Materia medica of Madras volume I
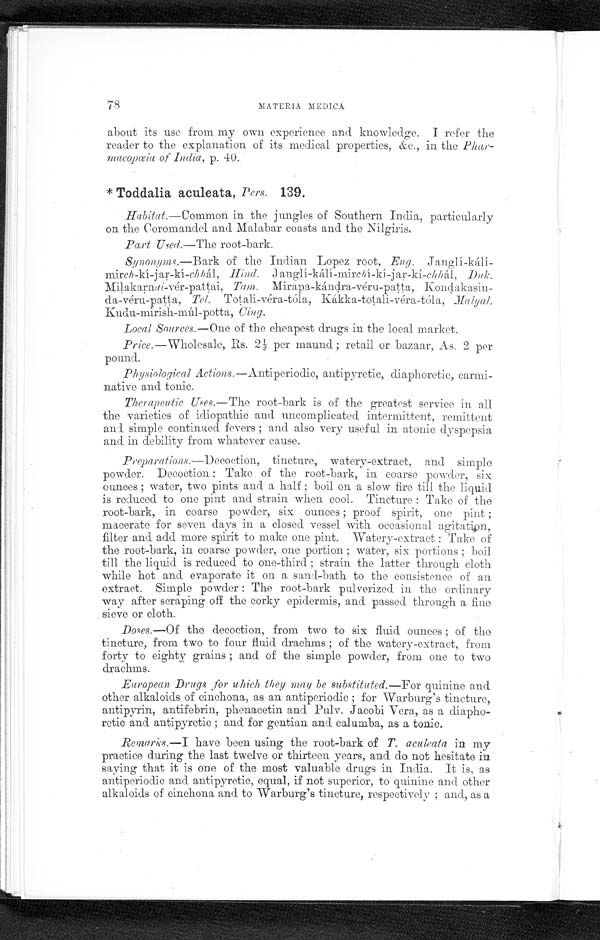
78
MATERIA MEDICA
about its use from my own experience and knowledge. I refer the
reader to the explanation of its medical properties, &c., in the
Phar-macopœia of India, p. 40.
* Toddalia aculeata, Pers. 139.
Habítat.—Common in the jungles of Southern India, particularly
on the Coromandel and Malabar coasts and the Nílgiris.
Part Used.—The root-bark.
Synonyms.—Bark of the Indian Lopez root, Eng. Janglí-kálí-
mirch-kí-jar-kí-chhál , H ind. J a n g l í - k á l í - m i r c h í - k í - j a r - k í - c h h á l ,
D u k .
Milakarnai-vér-pattai, Tam. Mirapa-kándra-véru-patta, Kondakasin--
da-véru-patta, Tel. Totali-véra-tóla, Kákka-totali-véra-tóla,
M a l y a l .
Kudu-mirish-múl-potta, Cing.
Local Sources.—One of the cheapest drugs in the local market.
Price .—Wholesale, Rs. 2½ per maund; retail or bazaar, As. 2 per
pound.
Physiological Actions .—Antiperiodic, antipyretic, diaphoretic, carmi-
native and tonic.
Therapeutic Uses.—The root-bark is of the greatest service in all
the varieties of idiopathic and uncomplicated intermittent, remittent
and simple continued fevers; and also very useful in atonic dyspepsia
and in debility from whatever cause.
Preparations .—Decoction, tincture, watery-extract, and simpl e
powder. Decoction: Take of the root-bark, in coarse powder, six
ounces; water, two pints and a half; boil on a slow fire till the liquid
is reduced to one pint and strain when cool. Tincture: Take of the
root-bark, in coarse powder, six ounces; proof spirit, one pint;
macerate for seven days in a closed. vessel with occasional agitation,
filter and add more spirit to make one pint. Watery-extract: Take of
the root-bark, in coarse powder, one portion; water, six portions; boil
till the liquid is reduced to one-third; strain the latter through cloth
while hot and evaporate it on a sand-bath to the consistence of an
extract. Simple powder: The root-bark pulverized in the ordinary
way after scraping off the corky epidermis, and passed through a fine
sieve or cloth.
Doses.—Of the decoction, from two to six fluid ounces; of the
tincture, from two to four fluid drachms; of the watery-extract, from
forty to eighty grains; and of the simple powder, from one to two
drachms.
European Drugs for which they may be substituted.—For quinine and
other alkaloids of cinchona, as an antiperiodic; for Warburg's tincture,
antipyrin, antifebrin, phenacetin and Pulv. Jacobi Vera, as a diapho--
retic and antipyretic; and for gentian and calumba, as a tonic.
Remarks.— I have been using the root-bark of T. aculeata in my
practice during the last twelve or thirteen years, and do not hesitate in
saying that it is one of the most valuable drugs in India. It is, as
antiperiodic and antipyretic, equal, if not superior, to quinine and other
alkaloids of cinchona and to Warburg's tincture, respectively; and, as a